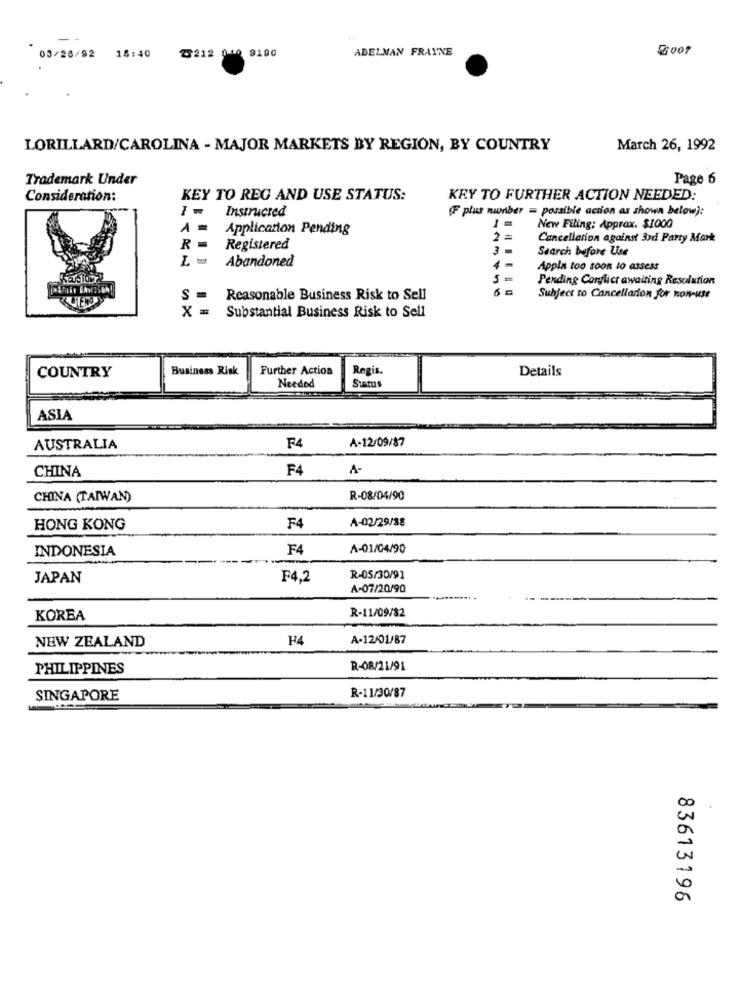
18:40
7212 010 9100
ADELMAN FRAYNE
03/26/92
LORILLARD/CAROLINA - MAJOR MARKETS BY REGION, BY COUNTRY
March 26, 1992
Trademark Under
Page 6
Consideration:
KEY TO REG AND USE STATUS:
KEY TO FURTHER ACTION NEEDED:
Instructed
(F plus niunber = possible action as shown below):
Application Pending
1 =
New Filing: Approx. $1000
2 =
Cancellation against 3rd Party Mark
Registered
3 -
Search before Use
Abandoned
Appla too soon to assess
Pending Conflict awaiting Resolution
S -
Reasonable Business Risk to Sell
Subject to Cancellation for non-use
X =
Substantial Business Risk to Sell
COUNTRY
Business Risk
Further Action
Regis.
Details
Needed
Status
ASIA
A-12/09/87
AUSTRALIA
F4
CHINA
F4
A-
CHINA (TAIWAN)
R-08/04/90
A-02/29/38
HONG KONG
F4
INDONESIA
F4
A-01/04/90
JAPAN
F4,2
R-05/30/91
A-07/20/90
R-11/09/82
KOREA
F4
A-12/01/87
NEW ZEALAND
PHILIPPINES
R-08/21/91
R-11/30/87
SINGAPORE
83613196